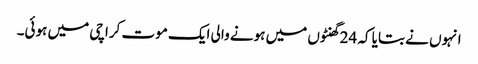
انہوں نے بتایا کہ 24 گھنٹوں میں ہونے والی ایک موت کراچی میں ہوئی۔